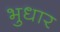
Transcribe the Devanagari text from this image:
भुधार